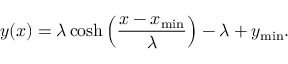
y ( x ) = \lambda \cosh \left( \frac { x - x _ { \mathrm { m i n } } } { \lambda } \right) - \lambda + y _ { \mathrm { m i n } } .